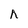
Character: h